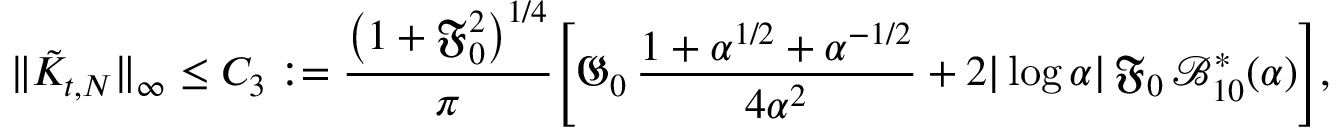
\| \tilde { K } _ { t , N } \| _ { \infty } \leq C _ { 3 } : = \frac { \left( 1 + \mathfrak { F } _ { 0 } ^ { 2 } \right) ^ { 1 / 4 } } { \pi } \Bigg [ \mathfrak { G } _ { 0 } \, \frac { 1 + \alpha ^ { 1 / 2 } + \alpha ^ { - 1 / 2 } } { 4 \alpha ^ { 2 } } + 2 | \log \alpha | \, \mathfrak { F } _ { 0 } \, \mathcal { B } _ { 1 0 } ^ { * } ( \alpha ) \Bigg ] ,